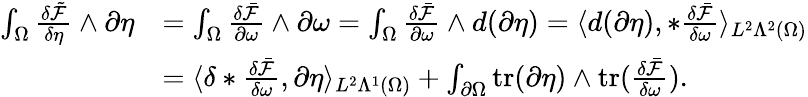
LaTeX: \begin{array}{rl}{\int_{\Omega}\frac{\delta\tilde{\mathcal{F}}}{\delta\eta}\wedge\partial\eta}&{=\int_{\Omega}\frac{\delta\bar{\mathcal{F}}}{\partial\omega}\wedge\partial\omega=\int_{\Omega}\frac{\delta\bar{\mathcal{F}}}{\partial\omega}\wedge d(\partial\eta)=\langle d(\partial\eta),\ast\frac{\delta\bar{\mathcal{F}}}{\delta\omega}\rangle_{L^{2}\Lambda^{2}(\Omega)}}\\ &{=\langle\delta\ast\frac{\delta\bar{\mathcal{F}}}{\delta\omega},\partial\eta\rangle_{L^{2}\Lambda^{1}(\Omega)}+\int_{\partial\Omega}\mathrm{tr}(\partial\eta)\wedge\mathrm{tr}(\frac{\delta\bar{\mathcal{F}}}{\delta\omega}).}\end{array}